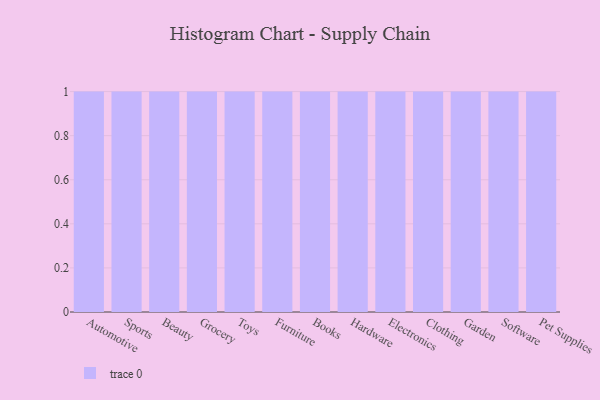
{"axis": {"x": "Category", "y": "Bounce Rate (%)"}, "legend": [""], "data": [{"x": "Automotive", "y": 94, "type": ""}, {"x": "Sports", "y": 43, "type": ""}, {"x": "Beauty", "y": 30, "type": ""}, {"x": "Grocery", "y": 50, "type": ""}, {"x": "Toys", "y": 74, "type": ""}, {"x": "Furniture", "y": 34, "type": ""}, {"x": "Books", "y": 7, "type": ""}, {"x": "Hardware", "y": 20, "type": ""}, {"x": "Electronics", "y": 29, "type": ""}, {"x": "Clothing", "y": 96, "type": ""}, {"x": "Garden", "y": 92, "type": ""}, {"x": "Software", "y": 85, "type": ""}, {"x": "Pet Supplies", "y": 85, "type": ""}]}